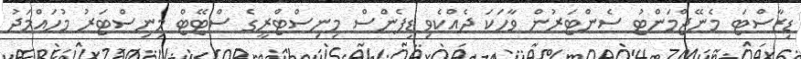
ޑިޒާސްޓަ މެނޭޖްމަންޓު ސެންޓަރުން ވާހަކަ ދެއްކެވި ޑިފެންސް މިނިސްޓްރީގެ ސްޓޭޓް މިނިސްޓަރު މުހައްމަދު